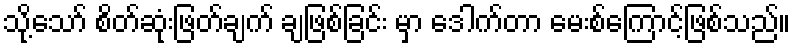
သို့သော် စိတ်ဆုံးဖြတ်ချက် ချဖြစ်ခြင်း မှာ ဒေါက်တာ မေးစ်ကြောင့်ဖြစ်သည်။